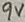
Text: 9V